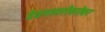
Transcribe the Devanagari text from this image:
देवनागरीबरोबर